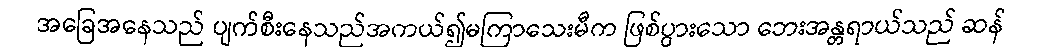
အခြေအနေသည် ပျက်စီးနေသည်အကယ်၍မကြာသေးမီက ဖြစ်ပွားသော ဘေးအန္တရာယ်သည် ဆန်